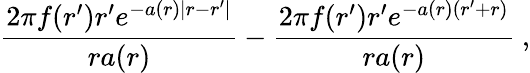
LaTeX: \frac{2\pi f(r^{\prime})r^{\prime}e^{-a(r)|r-r^{\prime}|}}{ra(r)}-\frac{2\pi f(r^{\prime})r^{\prime}e^{-a(r)(r^{\prime}+r)}}{ra(r)}\ ,